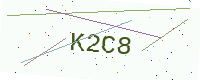
Text: K2C8